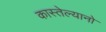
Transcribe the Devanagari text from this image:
कास्तेल्यानो